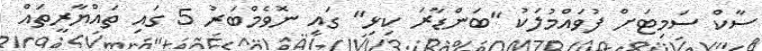
ސާކް ސަމިޓަށް ފުވައްމުލަކު "ބަންޑާރަ ކިޅި" ގައި ނޮވެމްބަރު 5 ގައި ތައްޔާރީތައް